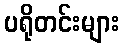
ပရိုတင်းများ